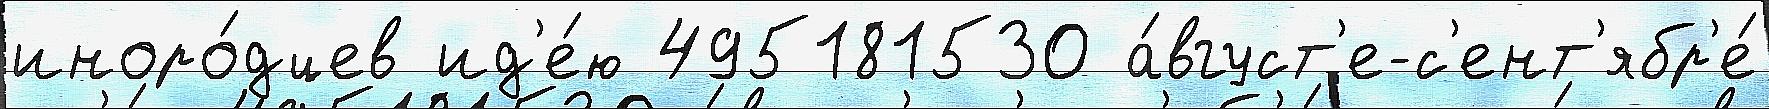
иноро́дцев ид'е́ю 495181530 а́вгуст'е-с'ент'ябр'е́